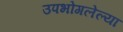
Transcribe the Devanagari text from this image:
उपभोगलेल्या